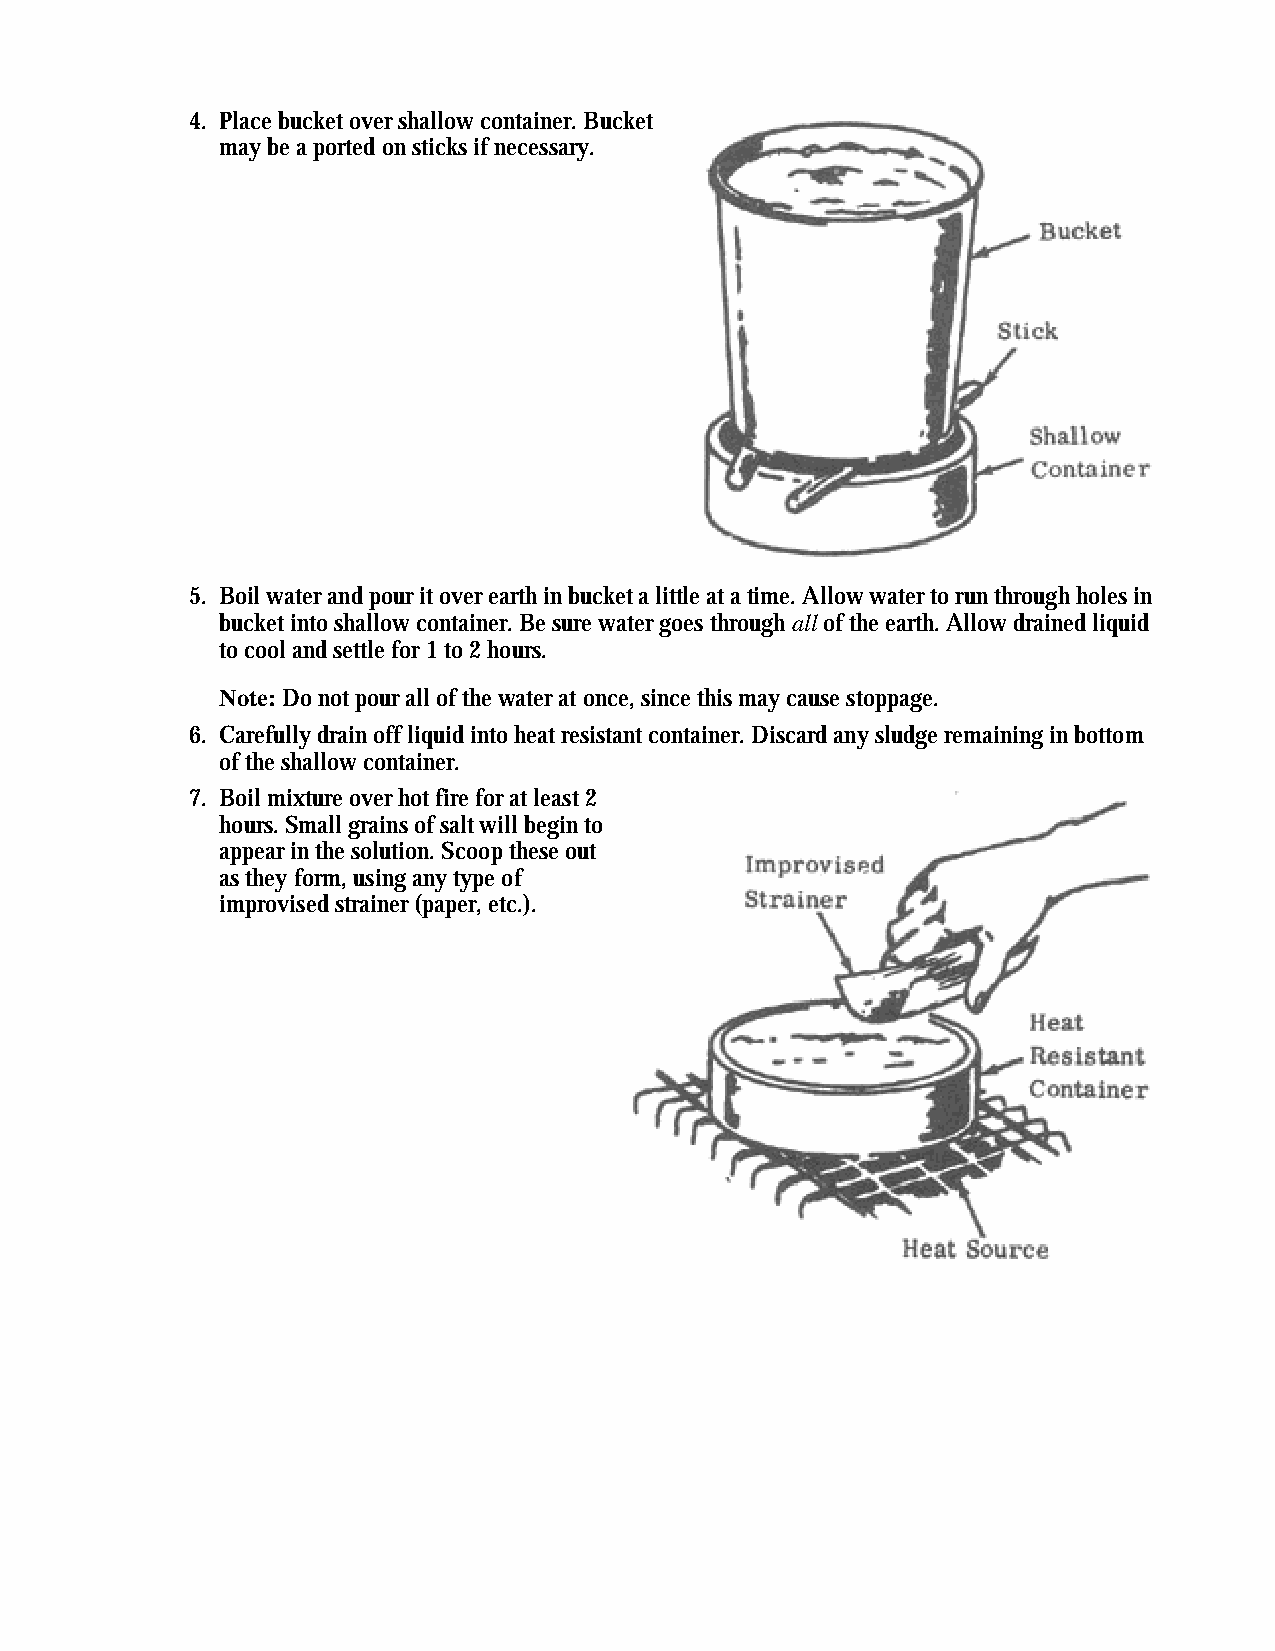
4. Place bucket over shallow container. Bucket
 may be a ported on sticks if necessary.
 5. Boil water and pour it over earth in bucket a little at a time. Allow water to run through holes in
 bucket into shallow container. Be sure water goes through all of the earth. Allow drained liquid
 to cool and settle for 1 to 2 hours.
 Note: Do not pour all of the water at once, since this may cause stoppage.
 6. Carefully drain off liquid into heat resistant container. Discard any sludge remaining in bottom
 of the shallow container.
 7. Boil mixture over hot fire for at least 2
 hours. Small grains of salt will begin to
 appear in the solution. Scoop these out
 as they form, using any type of
 improvised strainer (paper, etc.).